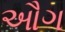
ઔગ